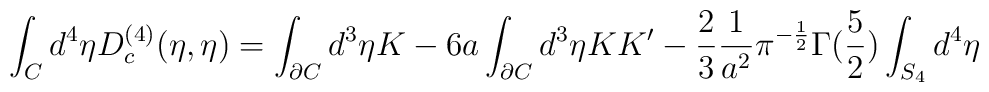
\int_{C}{d^4}{\eta}D_{c}^{(4)}(\eta,{\eta}) =  \int_{\partial C}d^3\eta K - 6a\int_{\partial C}d^3\eta KK' - \frac{2}{3}\frac{1}{a^2}\pi^{-\frac{1}{2}}\Gamma(\frac{5}{2})\int_{S_4}d^4\eta